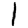
Digit: 1